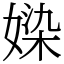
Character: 媣